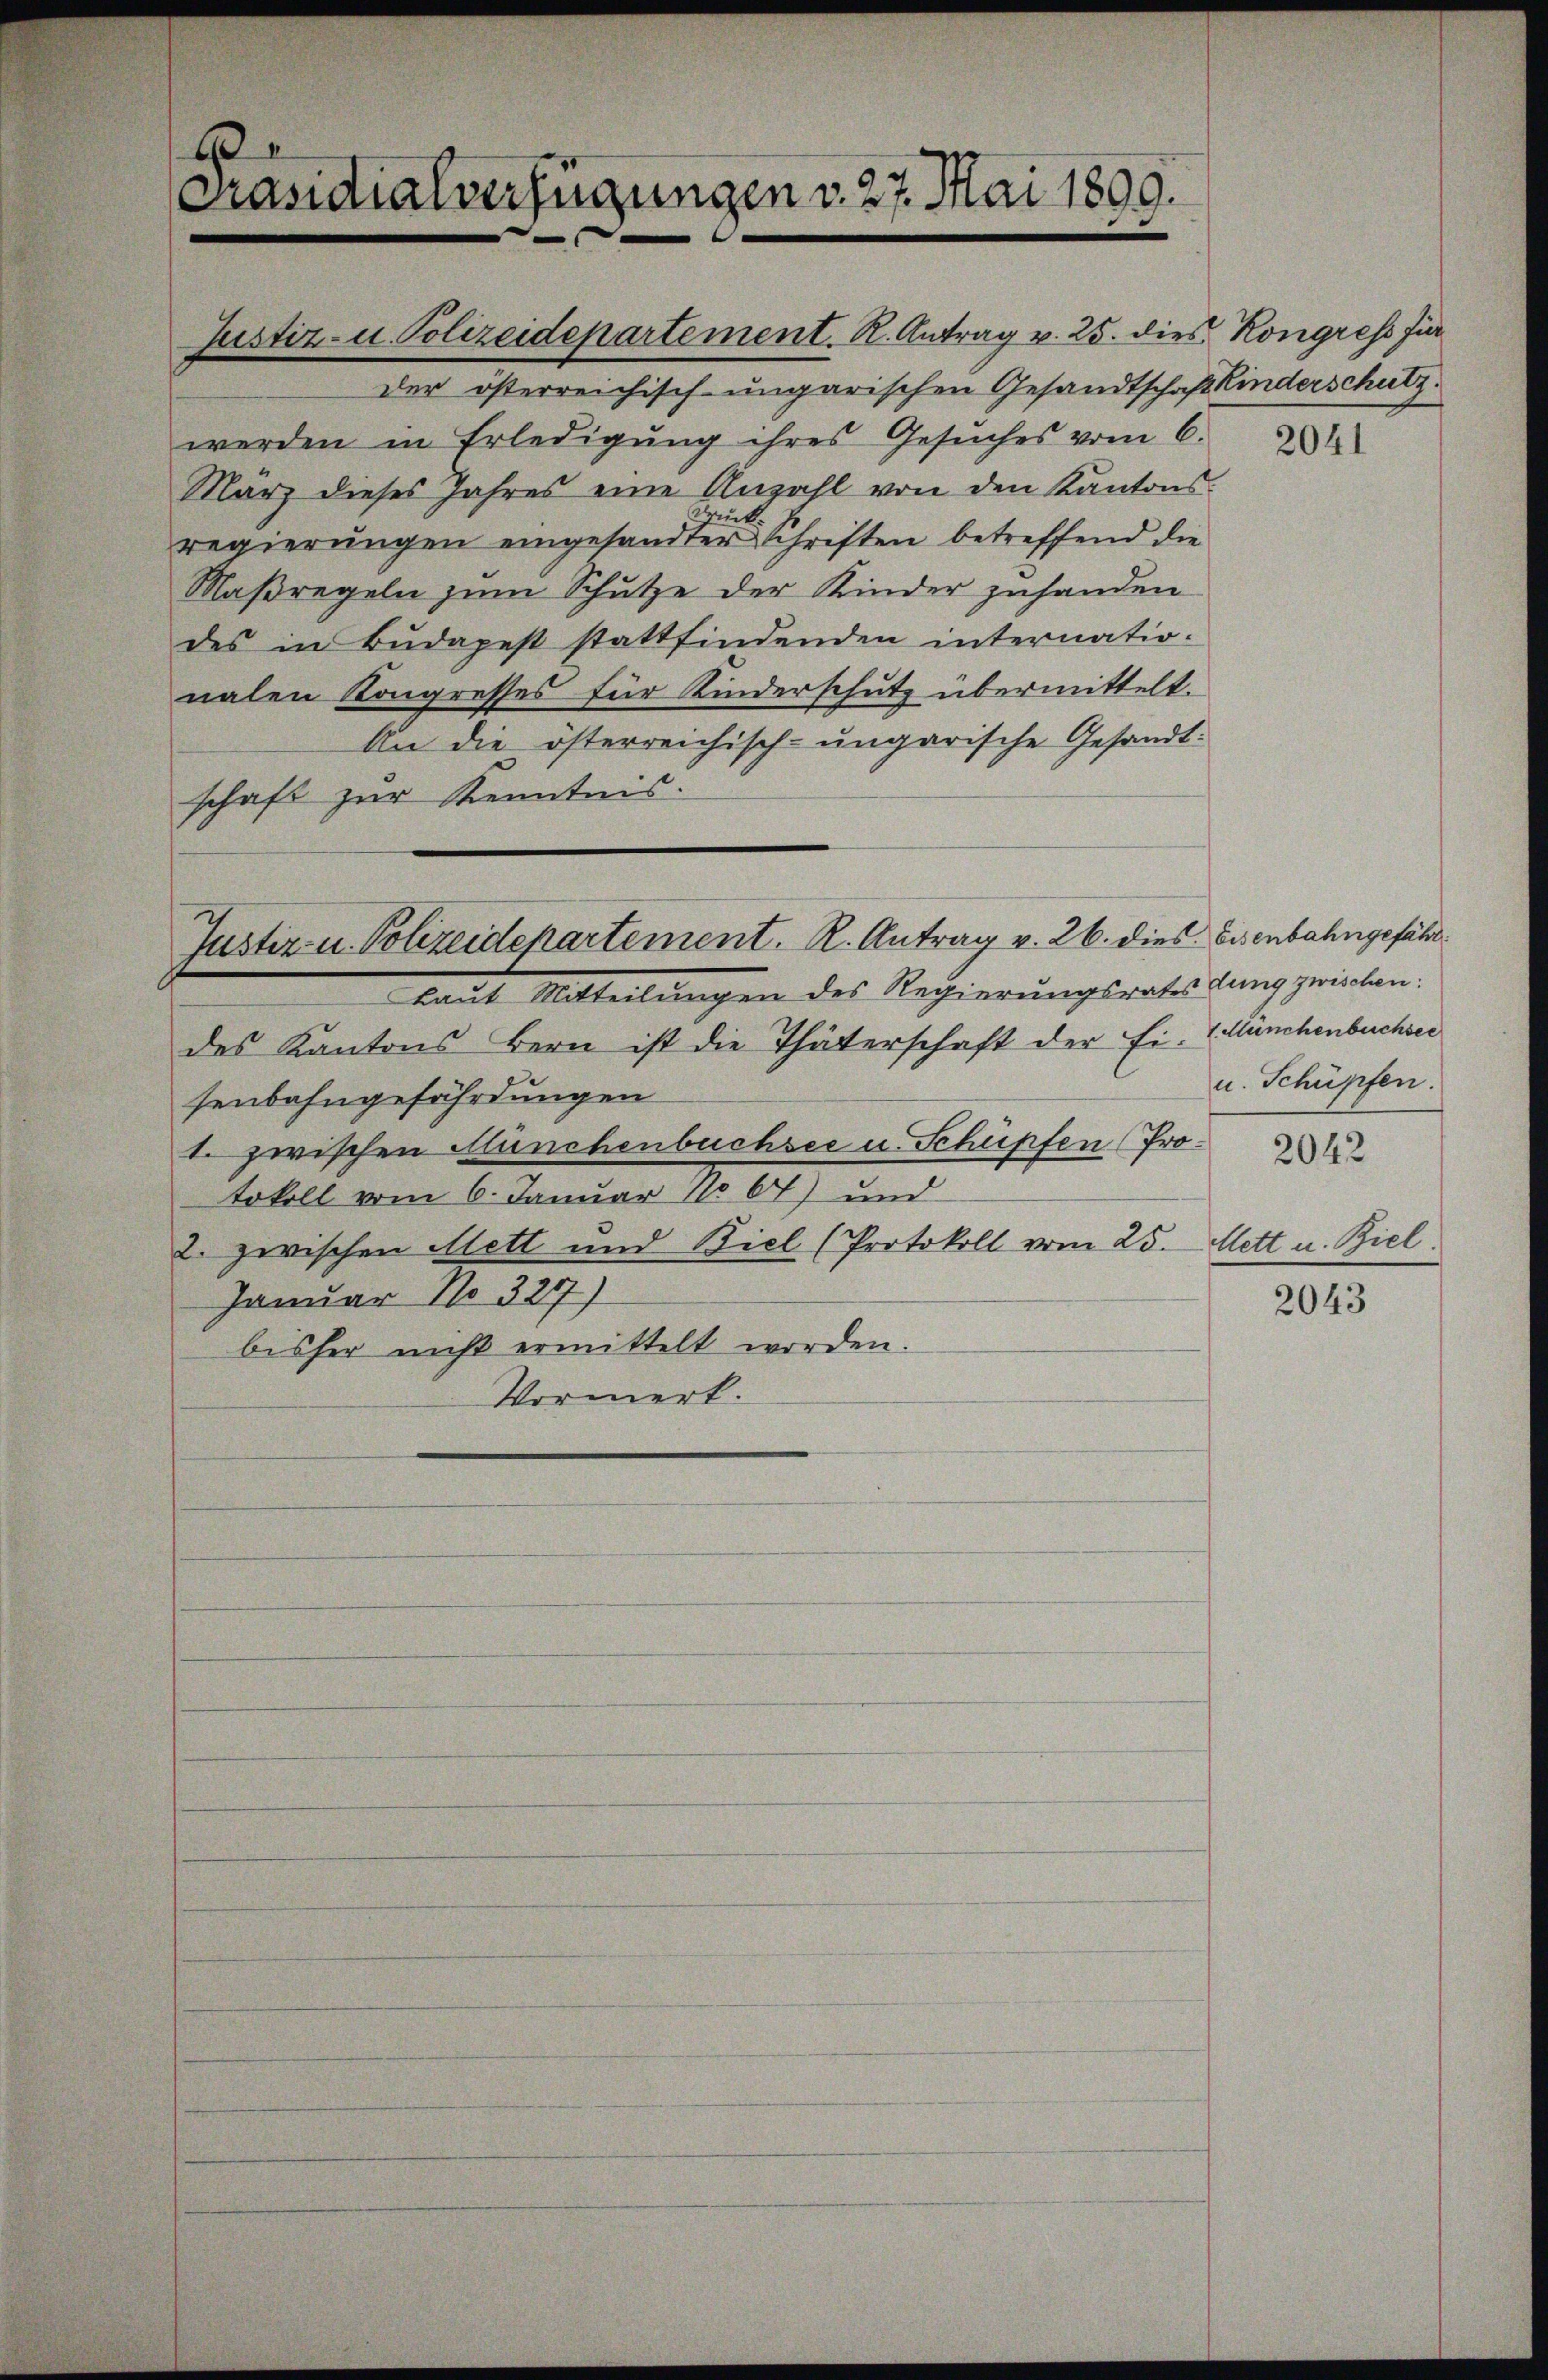
6
Präsidialverfügungen v. 27. Mai 1899.

Justiz- u. Polizeidepartement. R. Antrag v. 25. dies Kongress für
der österreichisch-ungarischen Gesandtschaft Kinderschutz.
werden in Erledigŭng ihres Gesuches vom 6.
März dieses Jahres eine Anzahl von den Kantons-
iek
regierungen eingesandter Schriften betreffend die
Maßregeln zum Schutze der Kinder zuhanden
des in Budapest stattfindenden internationalen Kongresses für Kinderschutz übermittelt.
An die österreichisch-ungarische Gesandtschaft zur Kenntnis.

Justiz- u. Polizeidepartement. R. Antrag v. 26. dies Eisenbahngefährlaut Mitteilungen des Regierungsrats lang zwicken.

des Kantons Bern ist die Thäterschaft der Ei. Manchenbuchser
senbahngefährdungen
t zwischen Münchenbuchsee u. Schüpfen (Protokoll vom 6. Januar No 67) und
2. zwischen Mett und Biel (Protokoll vom 25. Mett u. Biel
Januar No 327)
bisher nicht ermittelt worden.
Vormerk.

2041

u. Schüpfen.

2042

2043